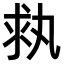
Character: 𠂃